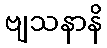
ဗျသနာနိ